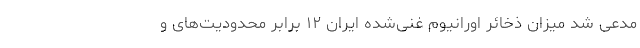
مدعی شد میزان ذخائر اورانیوم غنی‌شده ایران ۱۲ برابر محدودیت‌های و